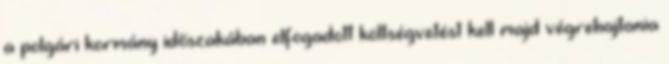
a polgári kormány időszakában elfogadott költségvetést kell majd végrehajtania